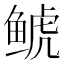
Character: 𩾇